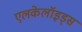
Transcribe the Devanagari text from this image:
एलकेलॉइड्स